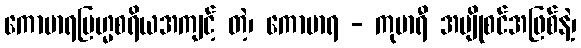
ကောမာရဗြဟ္မစရိယအကျင့် တဲ့၊ ကောမာရ - ကုမာရီ အပျိုစင်အဖြစ်နဲ့၊